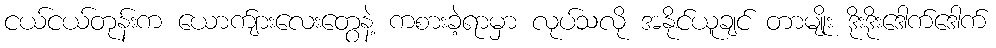
ငယ်ငယ်တုန်းက ယောက်ျားလေးတွေနဲ့ ကစားခဲ့ရာမှာ လုပ်သလို အနိုင်ယူချင် တာမျိုး ဒိုးဒိုးဒေါက်ဒေါက်